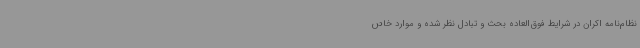
نظام‌نامه اکران در شرایط فوق‌العاده بحث و تبادل نظر شده و موارد خاص